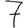
Digit: 7